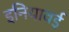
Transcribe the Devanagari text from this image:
इनियावई